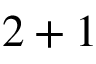
2 + 1